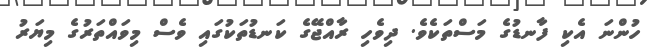
ހުންނަ އެކި ފާނޑުގެ މަސްތަކެވެ. ދިވެހި ރާއްޖޭގެ ކަނޑުތަކުގައި ވެސް މިވައްތަރުގެ މިޔަރު